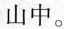
山中。